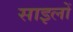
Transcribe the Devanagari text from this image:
साइलों